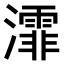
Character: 𤃍